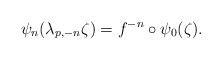
LaTeX: \begin{align*}\psi_n(\lambda_{p,-n}\zeta)=f^{-n}\circ\psi_0(\zeta).\end{align*}